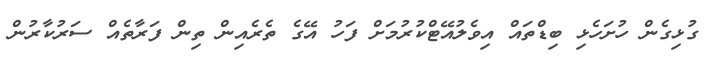
ގުޅިގެން ހުށަހެޅި ބިޑްތައް އިވެލުއޭޓްކުރުމަށް ފަހު އޭގެ ތެރެއިން ތިން ފަރާތެއް ސަރުކާރުން